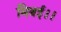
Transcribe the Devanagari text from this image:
मित्रई।।